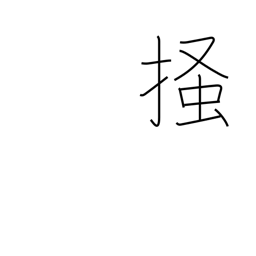
Meaning: scratch